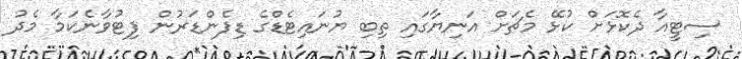
ސިޓީއާ ދެކޮޅަށް ކުޅޭ މެޗަށް އަނިޔާގައި ތިބި ޔުނައިޓެޑްގެ ޑިފެންޑަރުން ފިޓުވާނެކަމާ މެދު